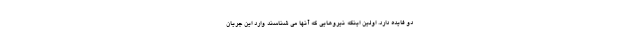
دو فایده دارد. اولین اینکه نیروهایی که آنها می شناسند وارد این جریان